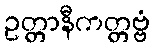
ဥတ္တာနီကတ္တဗ္ဗံ